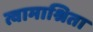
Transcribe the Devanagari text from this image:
त्वामाश्रिता